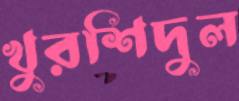
খুরশিদুল